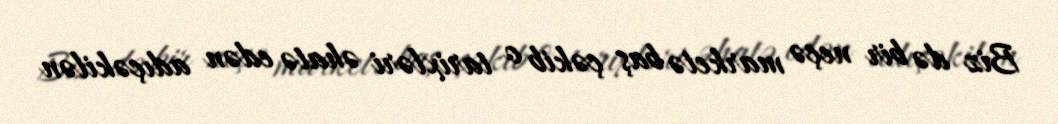
Biz də bir neçə marketə baş çəkib o tarixləri əhatə edən adıçəkilən